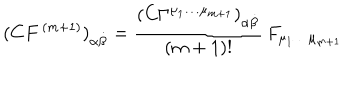
LaTeX: ( C { F } ^ { \, ( m + 1 ) } ) _ { \alpha { \dot { \beta } } } = \frac { \left( C \Gamma ^ { { \mu _ { 1 } } \dots { \mu } _ { m + 1 } } \right) _ { \alpha { \dot { \beta } } } } { ( m + 1 ) ! } \, F _ { \mu _ { 1 } \dots \mu _ { m + 1 } }